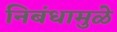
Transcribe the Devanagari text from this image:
निबंधामुळे